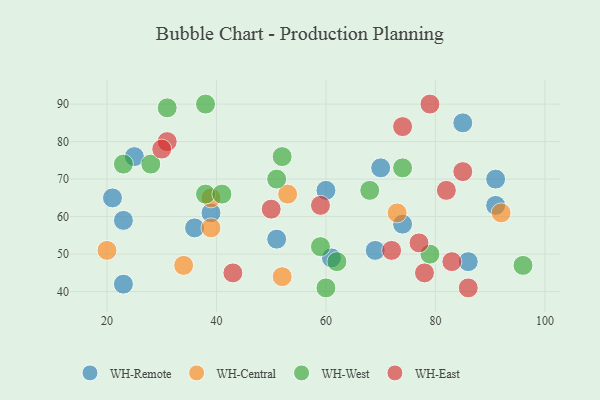
{"axis": {"x": "GDP", "y": "Life Expectancy"}, "legend": ["WH-Central", "WH-East", "WH-Remote", "WH-West"], "data": [{"x": "36", "y": 57, "type": "WH-Remote"}, {"x": "60", "y": 67, "type": "WH-Remote"}, {"x": "51", "y": 54, "type": "WH-Remote"}, {"x": "91", "y": 63, "type": "WH-Remote"}, {"x": "25", "y": 76, "type": "WH-Remote"}, {"x": "70", "y": 73, "type": "WH-Remote"}, {"x": "74", "y": 58, "type": "WH-Remote"}, {"x": "23", "y": 59, "type": "WH-Remote"}, {"x": "85", "y": 85, "type": "WH-Remote"}, {"x": "21", "y": 65, "type": "WH-Remote"}, {"x": "86", "y": 48, "type": "WH-Remote"}, {"x": "91", "y": 70, "type": "WH-Remote"}, {"x": "61", "y": 49, "type": "WH-Remote"}, {"x": "23", "y": 42, "type": "WH-Remote"}, {"x": "39", "y": 61, "type": "WH-Remote"}, {"x": "69", "y": 51, "type": "WH-Remote"}, {"x": "53", "y": 66, "type": "WH-Central"}, {"x": "73", "y": 61, "type": "WH-Central"}, {"x": "92", "y": 61, "type": "WH-Central"}, {"x": "34", "y": 47, "type": "WH-Central"}, {"x": "39", "y": 65, "type": "WH-Central"}, {"x": "39", "y": 57, "type": "WH-Central"}, {"x": "52", "y": 44, "type": "WH-Central"}, {"x": "20", "y": 51, "type": "WH-Central"}, {"x": "28", "y": 74, "type": "WH-West"}, {"x": "51", "y": 70, "type": "WH-West"}, {"x": "38", "y": 66, "type": "WH-West"}, {"x": "74", "y": 73, "type": "WH-West"}, {"x": "23", "y": 74, "type": "WH-West"}, {"x": "79", "y": 50, "type": "WH-West"}, {"x": "62", "y": 48, "type": "WH-West"}, {"x": "31", "y": 89, "type": "WH-West"}, {"x": "59", "y": 52, "type": "WH-West"}, {"x": "38", "y": 90, "type": "WH-West"}, {"x": "96", "y": 47, "type": "WH-West"}, {"x": "60", "y": 41, "type": "WH-West"}, {"x": "41", "y": 66, "type": "WH-West"}, {"x": "68", "y": 67, "type": "WH-West"}, {"x": "52", "y": 76, "type": "WH-West"}, {"x": "31", "y": 80, "type": "WH-East"}, {"x": "74", "y": 84, "type": "WH-East"}, {"x": "86", "y": 41, "type": "WH-East"}, {"x": "79", "y": 90, "type": "WH-East"}, {"x": "59", "y": 63, "type": "WH-East"}, {"x": "30", "y": 78, "type": "WH-East"}, {"x": "50", "y": 62, "type": "WH-East"}, {"x": "43", "y": 45, "type": "WH-East"}, {"x": "78", "y": 45, "type": "WH-East"}, {"x": "85", "y": 72, "type": "WH-East"}, {"x": "82", "y": 67, "type": "WH-East"}, {"x": "72", "y": 51, "type": "WH-East"}, {"x": "77", "y": 53, "type": "WH-East"}, {"x": "83", "y": 48, "type": "WH-East"}]}